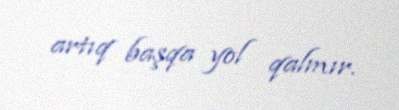
artıq başqa yol qalmır.